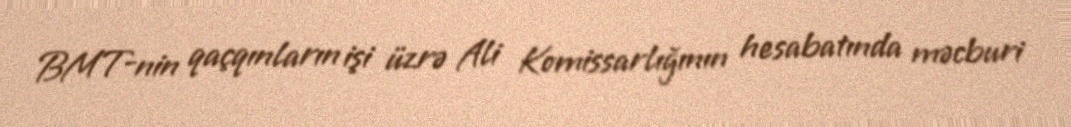
BMT-nin qaçqınların işi üzrə Ali Komissarlığının hesabatında məcburi